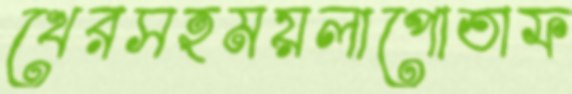
খেরসহময়লাপোতাফ